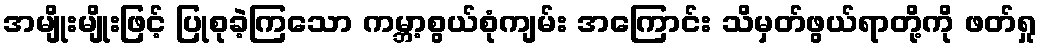
အမျိုးမျိုးဖြင့် ပြုစုခဲ့ကြသော ကမ္ဘာ့စွယ်စုံကျမ်း အကြောင်း သိမှတ်ဖွယ်ရာတို့ကို ဖတ်ရှု